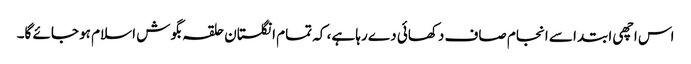
اس اچھی ابتدا سے انجام صاف دکھائی دے رہا ہے، کہ تمام انگلستان حلقہ بگوش اسلام ہو جائے گا۔